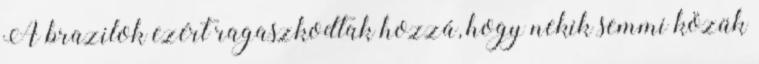
A brazilok ezért ragaszkodtak hozzá, hogy nekik semmi közük